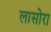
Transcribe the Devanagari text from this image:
लासोरा